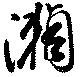
瀬